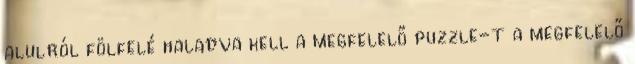
alulról fölfelé haladva kell a megfelelő puzzle-t a megfelelő